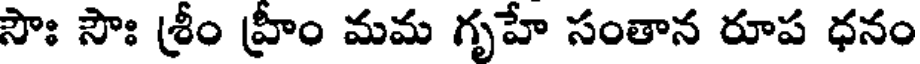
సౌః సౌః శ్రీం హ్రీం మమ గృహే సంతాన రూప ధనం